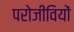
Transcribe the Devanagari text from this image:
परोजीवियों